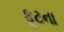
ફૂટના